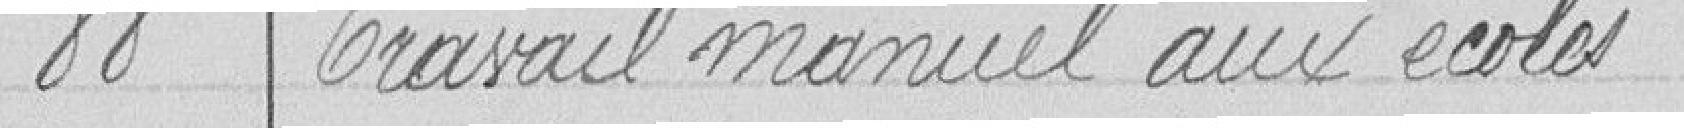
88 Travail manuel aux écoles